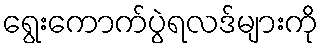
ရွေးကောက်ပွဲရလဒ်များကို